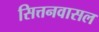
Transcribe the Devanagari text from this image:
सित्तनवासल